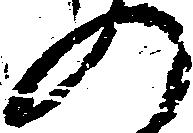
の